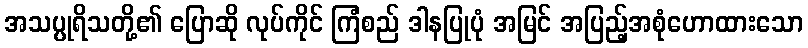
အသပ္ပုရိသတို့၏ ပြောဆို လုပ်ကိုင် ကြံစည် ဒါနပြုပုံ အမြင် အပြည့်အစုံဟောထားသော